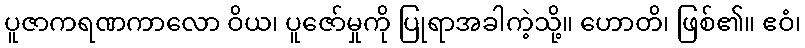
ပူဇာကရဏကာလော ဝိယ၊ ပူဇော်မှုကို ပြုရာအခါကဲ့သို့။ ဟောတိ၊ ဖြစ်၏။ ဧဝံ၊